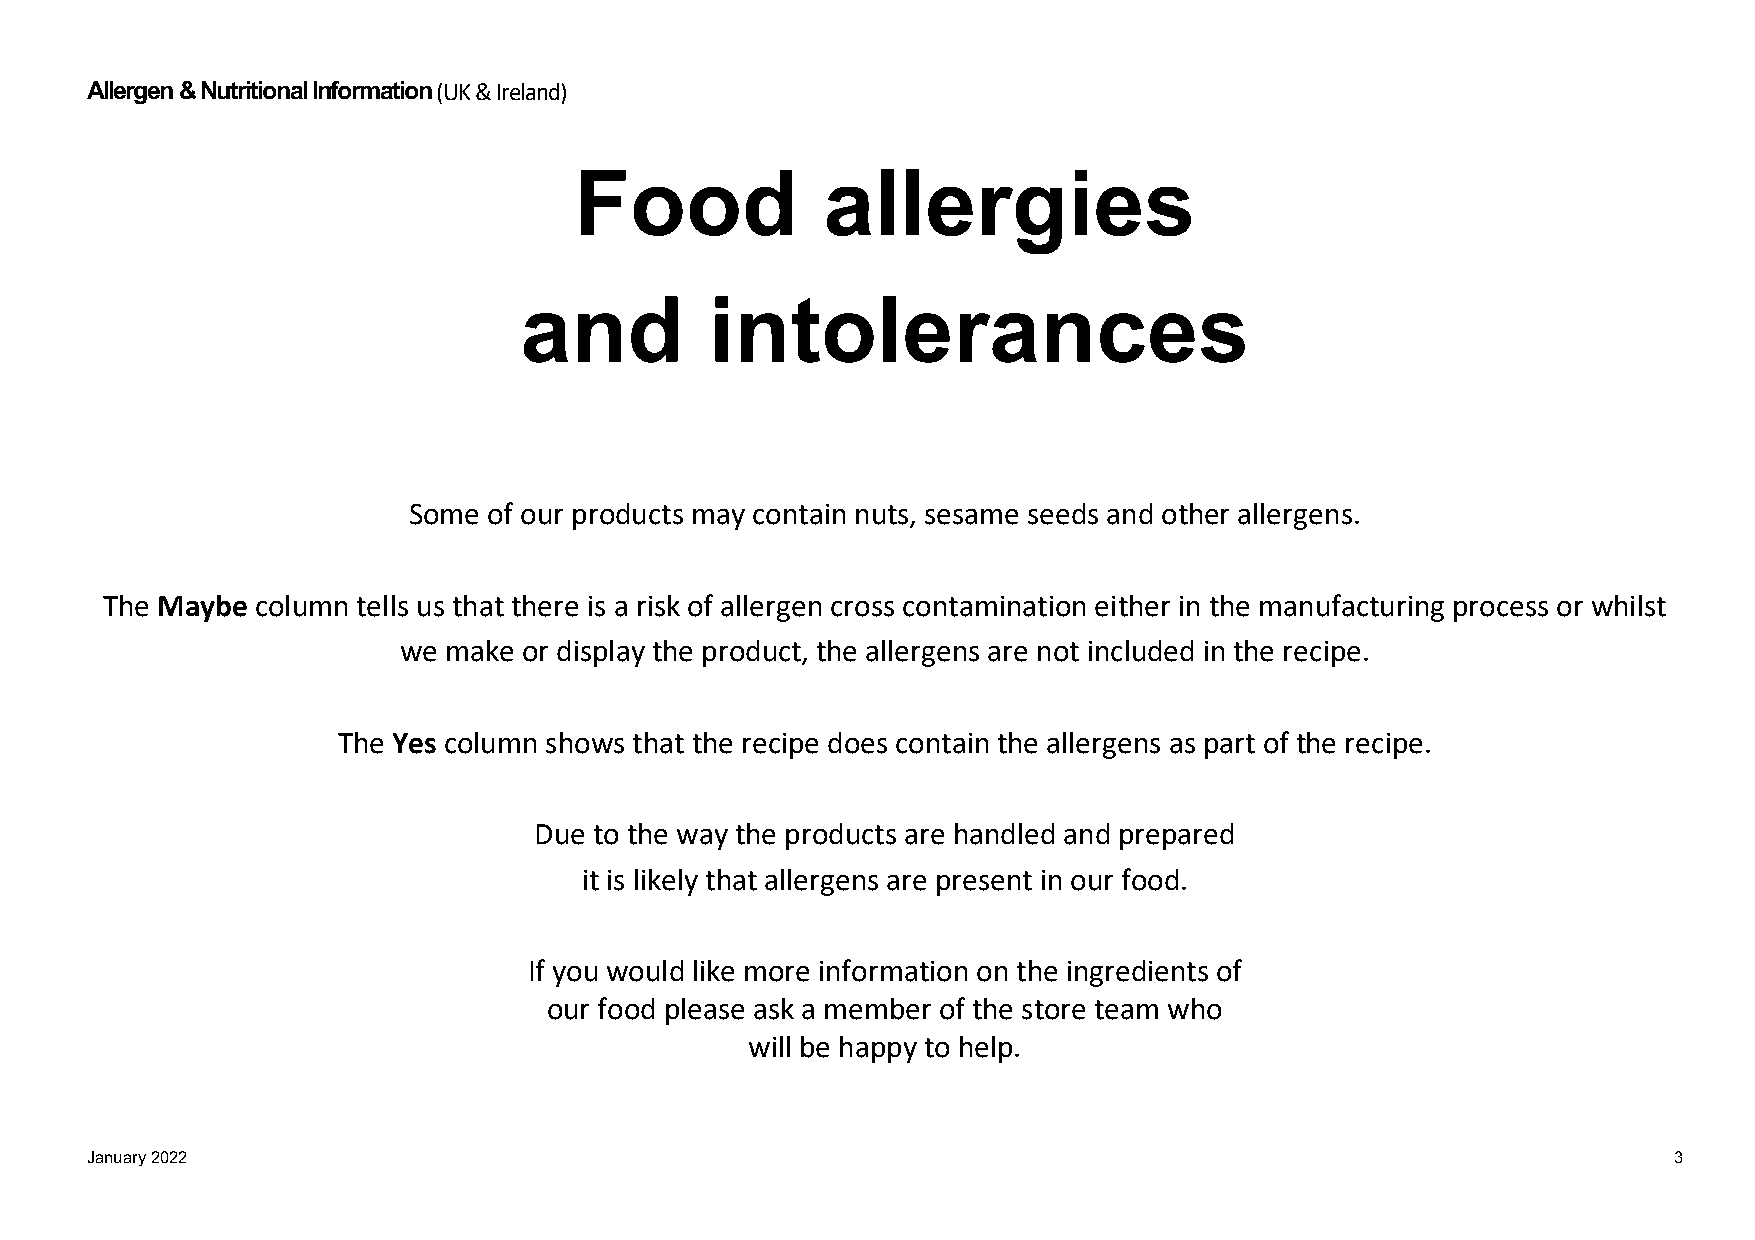
Allergen & Nutritional Information (UK & Ireland)
 Food            allergies
 and          intolerances
 Some of our products may contain nuts, sesame seeds and other allergens.
 The Maybe column tells us that there is a risk of allergen cross contamination either in the manufacturing process or whilst
 we make  or display the product, the allergens are not included in the recipe.
 The Yes column shows that the recipe does contain the allergens as part of the recipe.
 Due to the way the products are handled and prepared
 it is likely that allergens are present in our food.
 If you would like more information on the ingredients of
 our food please ask a member of the store team who
 will be happy to help.
 January 2022                                                                                             3